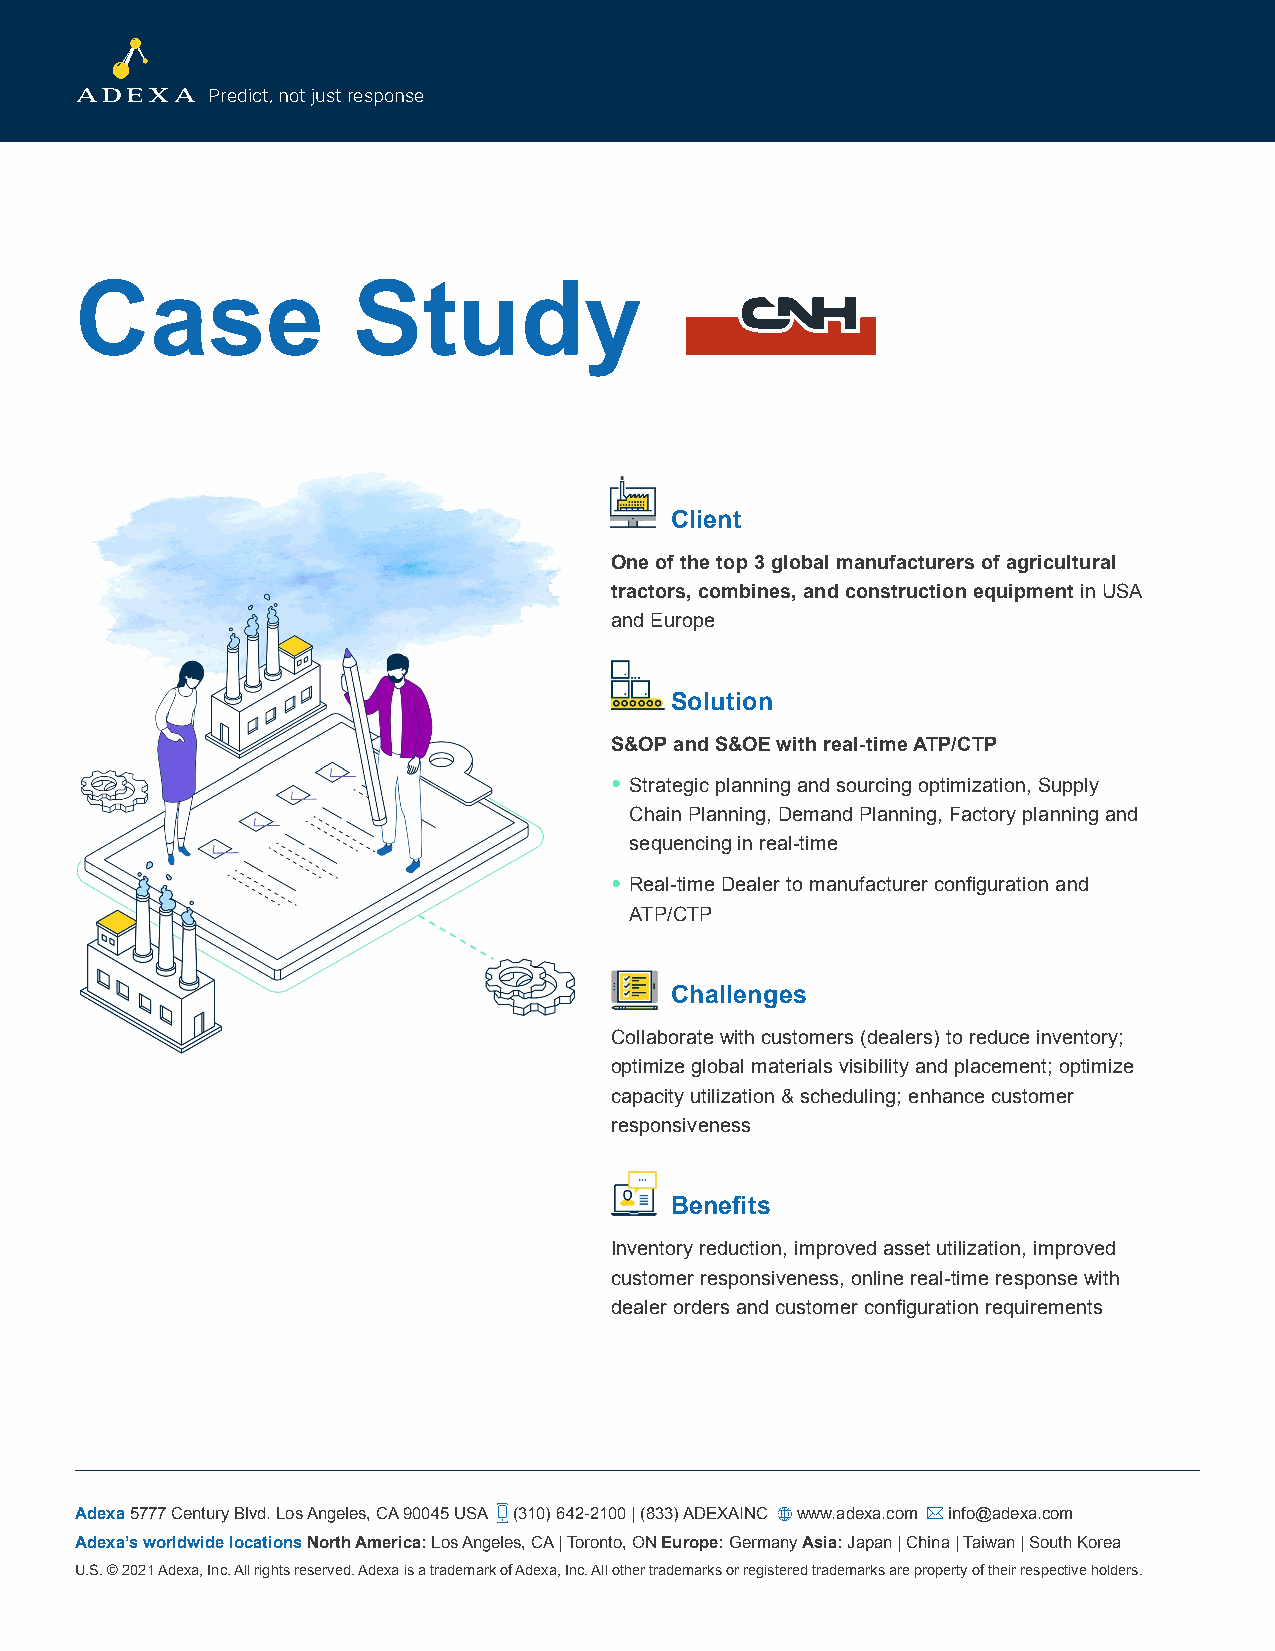
Predict, not just response
 Case              Study
 Client
 One of the top 3 global manufacturers of agricultural
 tractors, combines, and construction equipment in USA
 and Europe
 Solution
 S&OP and S&OE with real-time ATP/CTP
 • S trategic planning and sourcing optimization, Supply
 Chain Planning, Demand Planning, Factory planning and
 sequencing in real-time
 • R eal-time Dealer to manufacturer configuration and
 ATP/CTP
 Challenges
 Collaborate with customers (dealers) to reduce inventory;
 optimize global materials visibility and placement; optimize
 capacity utilization & scheduling; enhance customer
 responsiveness
 Benefits
 Inventory reduction, improved asset utilization, improved
 customer responsiveness, online real-time response with
 dealer orders and customer configuration requirements
 Adexa 5777 Century Blvd. Los Angeles, CA 90045 USA (310) 642-2100 | (833) ADEXAINC www.adexa.com info@adexa.com
 Adexa’s worldwide locations North America: Los Angeles, CA | Toronto, ON Europe: Germany Asia: Japan | China | Taiwan | South Korea
 U.S. © 2021 Adexa, Inc. All rights reserved. Adexa is a trademark of Adexa, Inc. All other trademarks or registered trademarks are property of their respective holders.